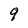
Character: 9